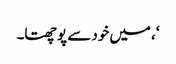
‘، میں خود سے پوچھتا۔